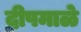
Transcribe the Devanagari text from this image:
दीपमाळे